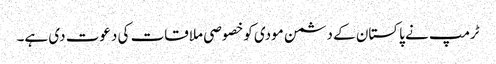
ٹرمپ نے پاکستان کے دشمن مودی کوخصوصی ملاقات کی دعوت دی ہے۔